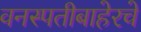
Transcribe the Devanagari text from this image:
वनस्पतीबाहेरचे